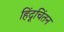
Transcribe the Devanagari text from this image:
हिंदूचिंतन